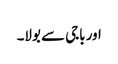
اور باجی سے بولا۔